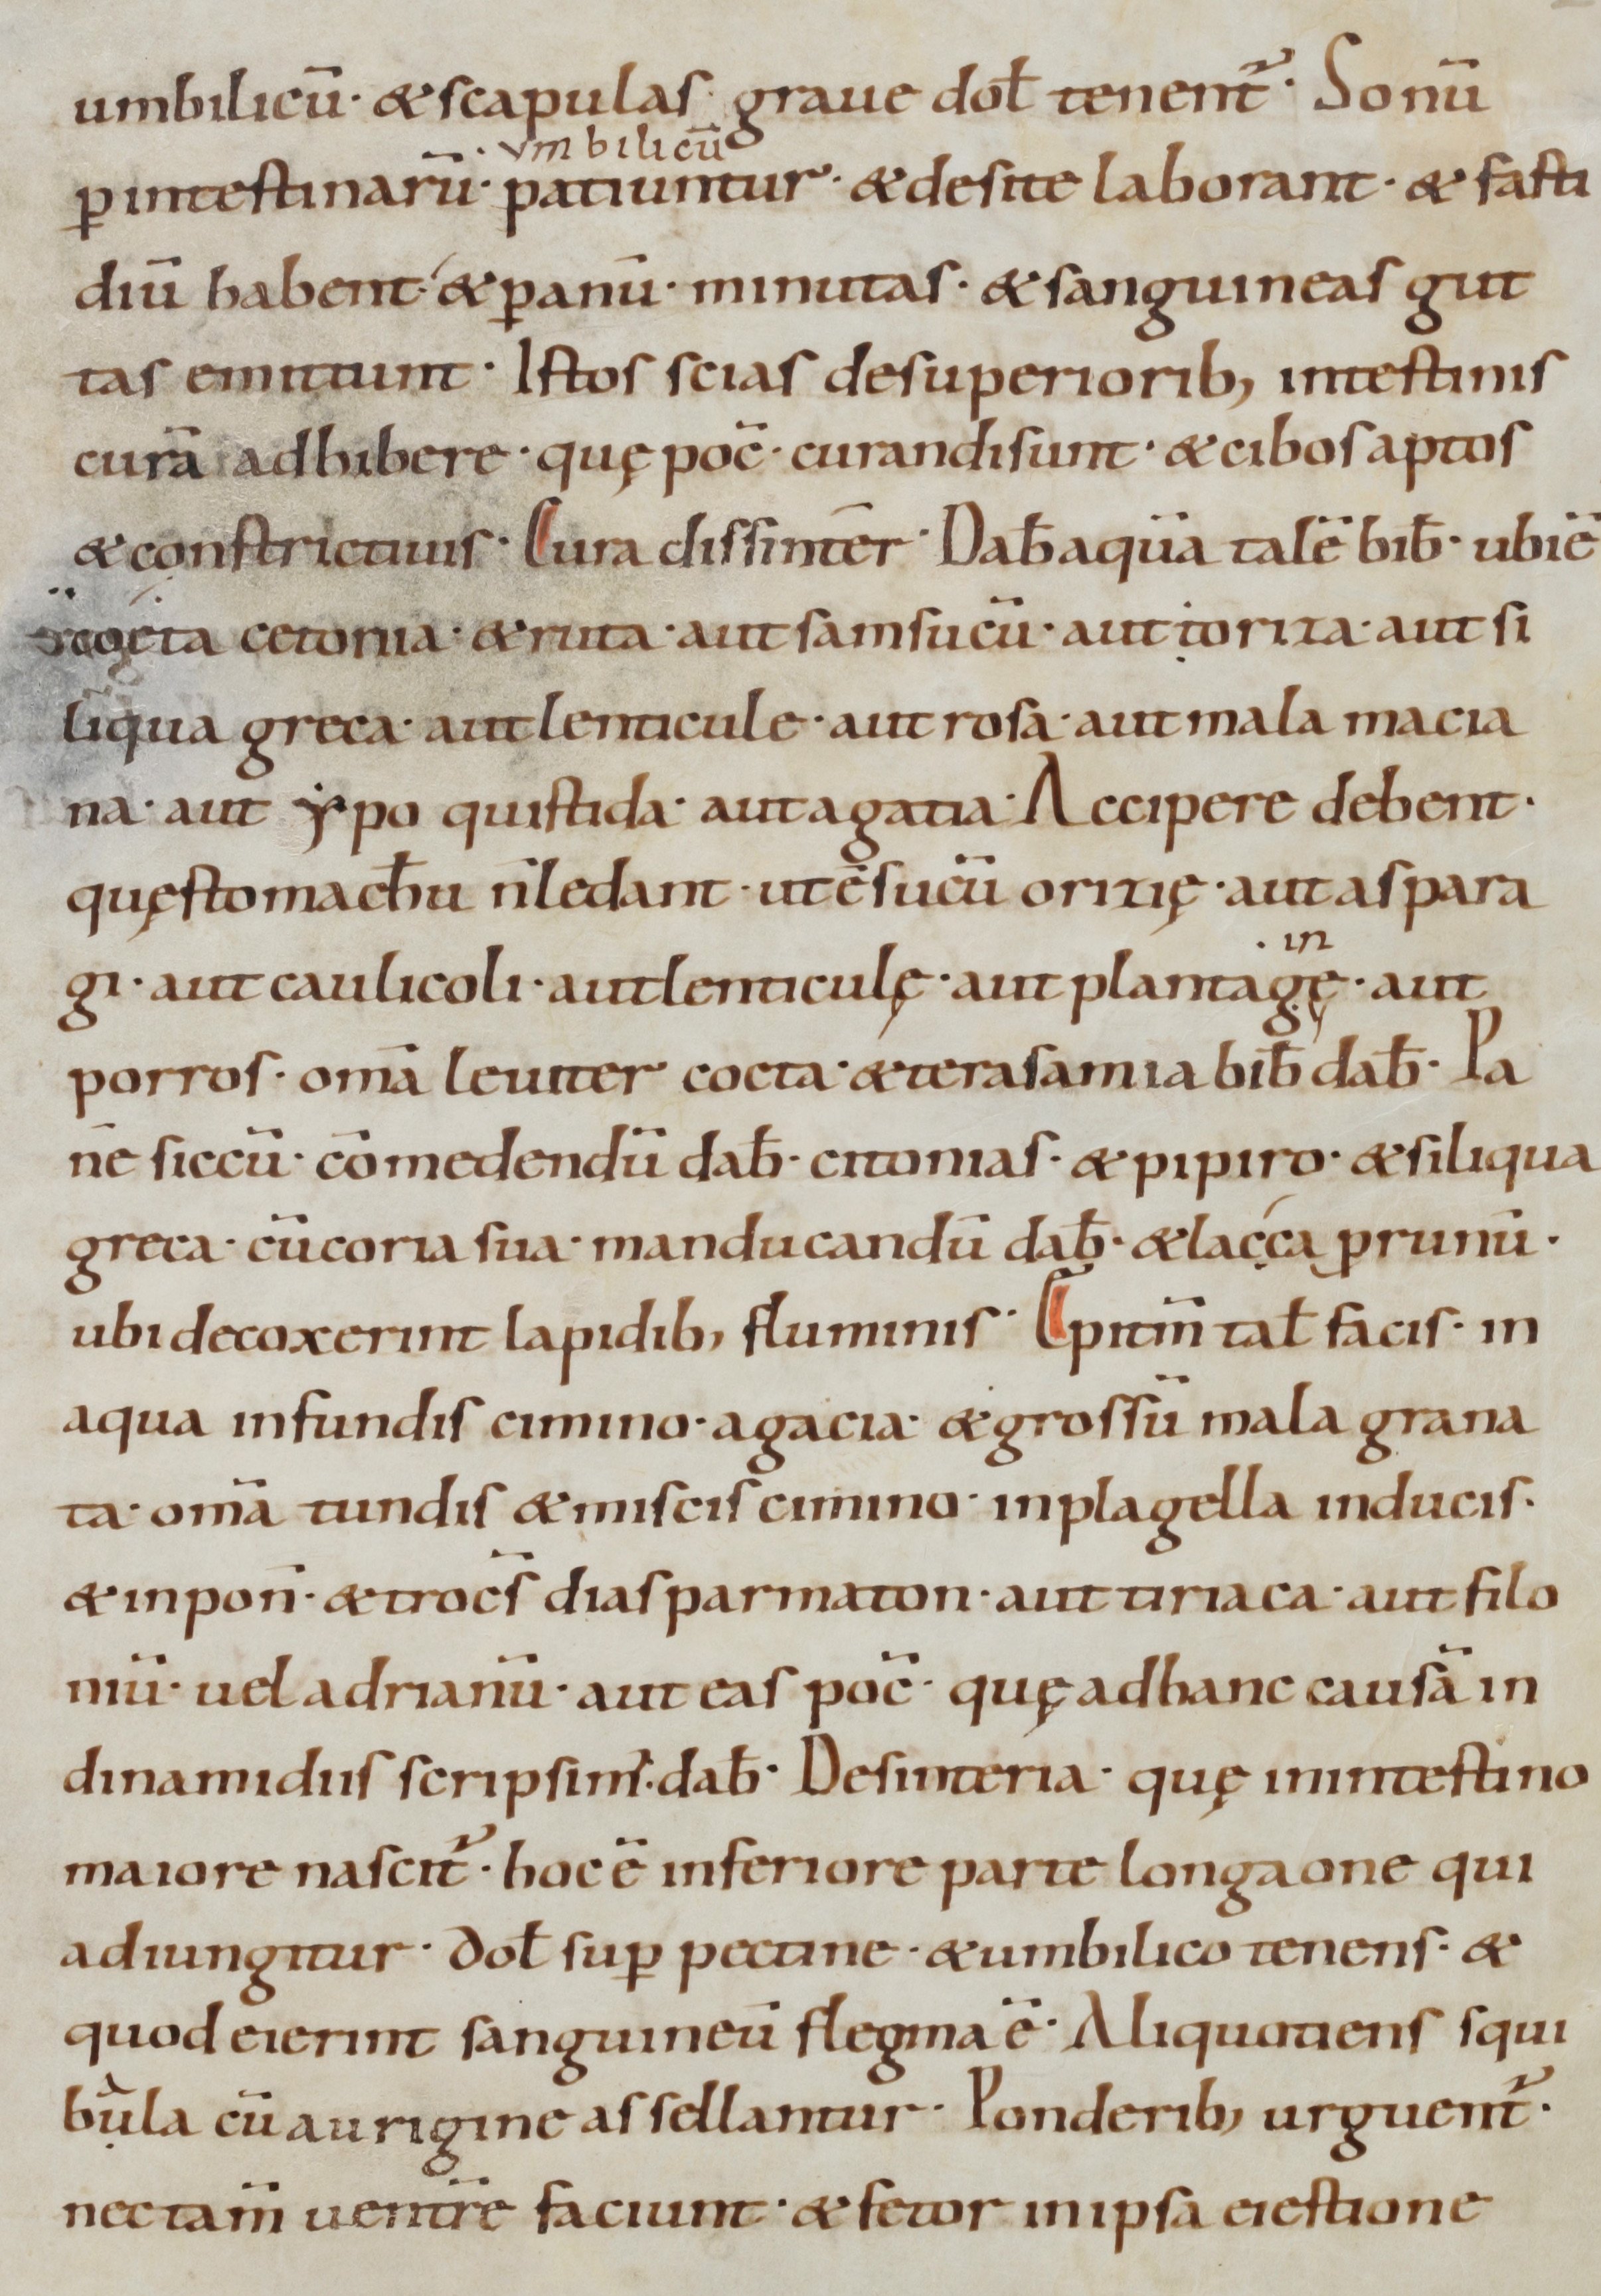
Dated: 900–1099